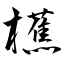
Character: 櫵